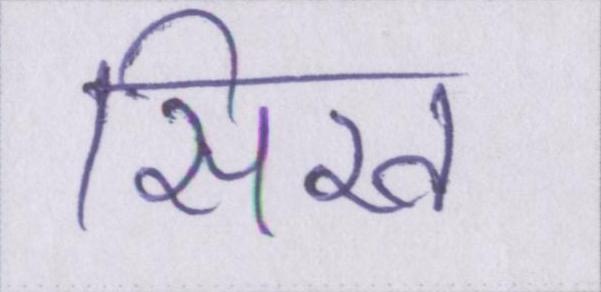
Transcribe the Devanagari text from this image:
सिख